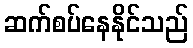
ဆက်စပ်နေနိုင်သည်